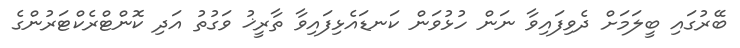
ބޭރުގައި ބީލަމަށް ދެވިފައިވާ ނަން ހުޅުވަން ކަނޑައެޅިފައިވާ ތާރީޚު ވަގުތު އަދި ކޮންޓްރެކްޓަރުންގެ